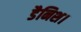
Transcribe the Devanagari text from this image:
डैनिश।